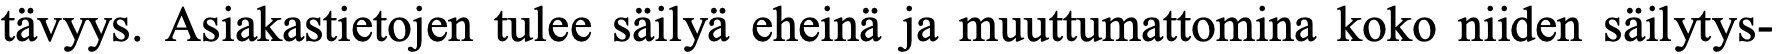
tävyys. Asiakastietojen tulee säilyä eheinä ja muuttumattomina koko niiden säilytys-